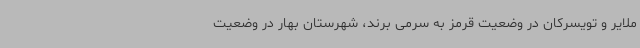
ملایر و تویسرکان در وضعیت قرمز به سرمی برند، شهرستان بهار در وضعیت